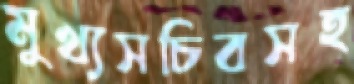
মুখ্যসচিবসহ